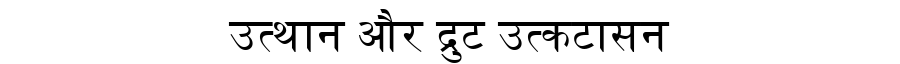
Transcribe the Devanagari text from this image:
उत्थान और द्रुट उत्कटासन